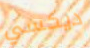
ديكسي